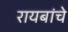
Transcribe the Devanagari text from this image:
रायबांचे